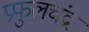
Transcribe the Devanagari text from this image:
प्रफुलचंद्र